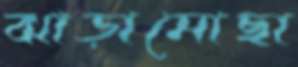
ঝাড়ামোছা